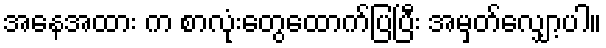
အနေအထား က စာလုံးတွေထောက်ပြပြီး အမှတ်လျှော့ပါ။